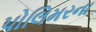
પોલિમરના